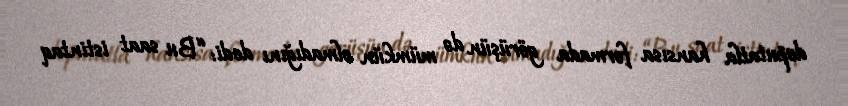
deputatla hansısa formada görüşün də mümkün olmadığını dedi: “Bu saat istintaq